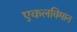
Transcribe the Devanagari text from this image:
एकलविमान